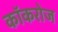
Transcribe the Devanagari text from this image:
कॉकरोज